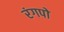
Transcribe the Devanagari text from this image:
रंगपो